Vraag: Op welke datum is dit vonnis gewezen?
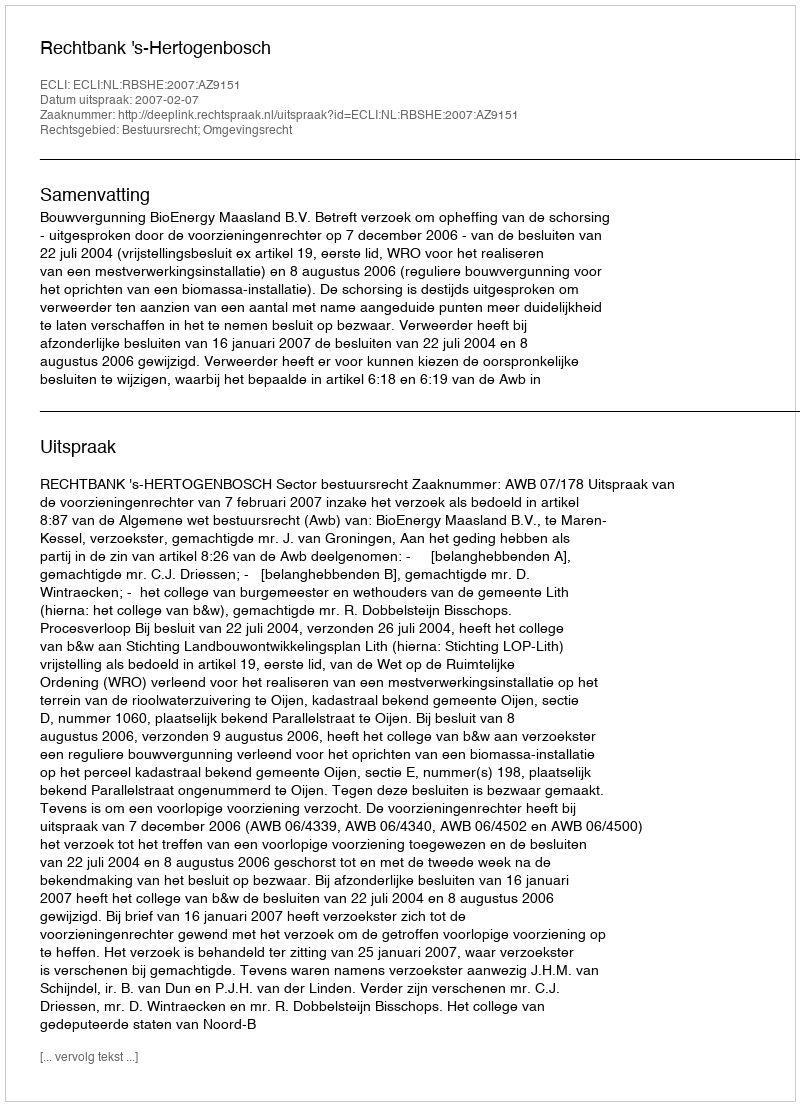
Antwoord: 2007-02-07